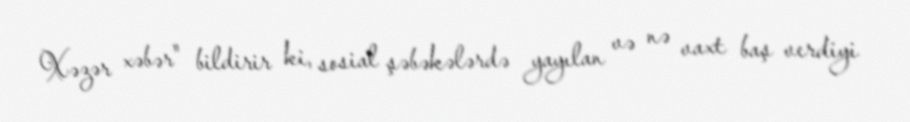
Xəzər xəbər" bildirir ki, sosial şəbəkələrdə yayılan və nə vaxt baş verdiyi